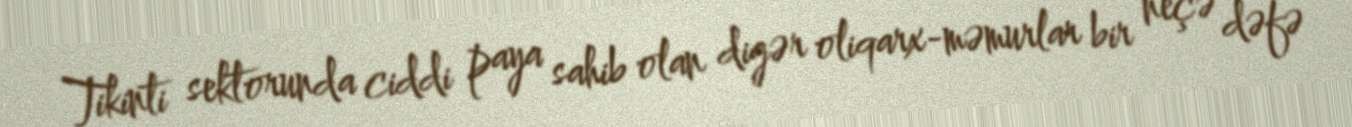
Tikinti sektorunda ciddi paya sahib olan digər oliqarx-məmurlar bir neçə dəfə